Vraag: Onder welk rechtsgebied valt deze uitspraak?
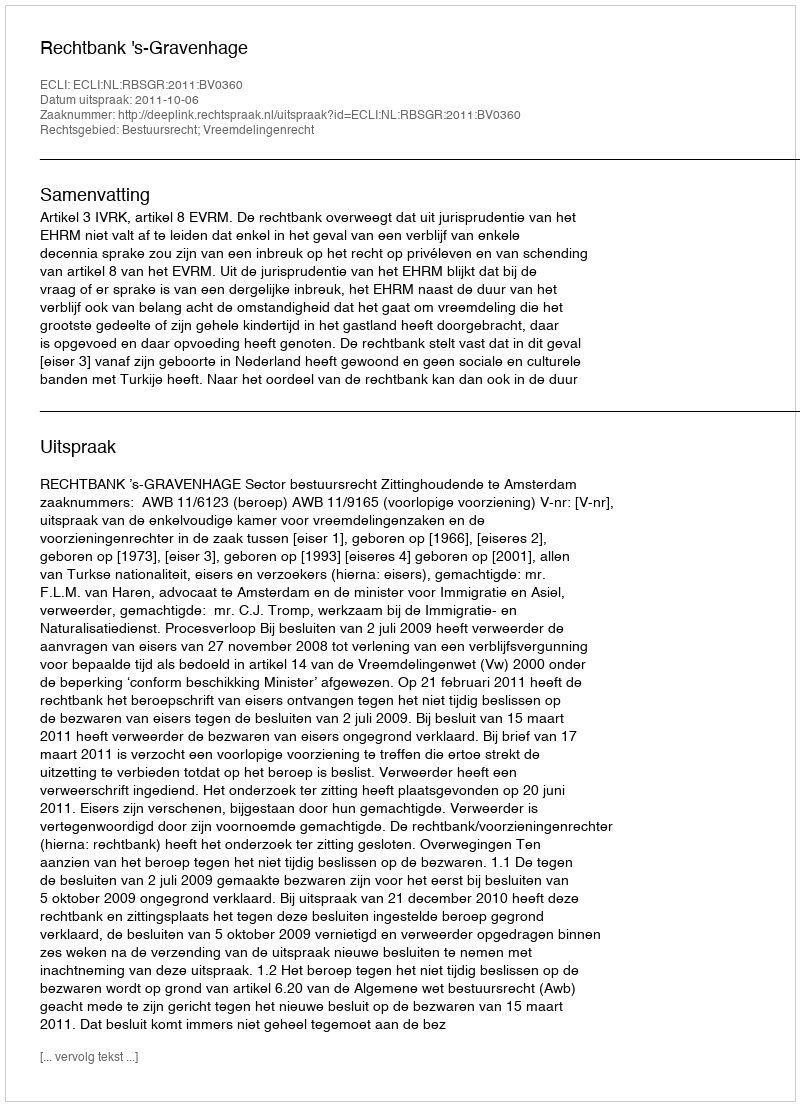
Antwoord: Bestuursrecht; Vreemdelingenrecht